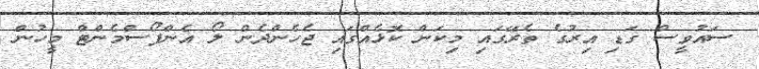
ސައުވީސް ގަޑި އިރުގެ ތެރޭގައި މިކަން ކޮޅެއްގައި ޖެހެންދެން ލޯ އެންފޯސްމެންޓް މީހުން